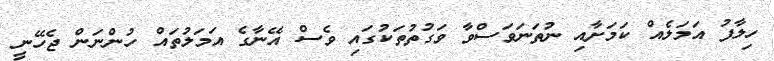
ހިލާފު އަމަލެއް ކަމަށާއި ނުތަނަވަސްވާ ވަގުތުތަކުގައި ވެސް އޭނާގެ އަމަލުތައް ހުންނަން ޖެހޭނީ